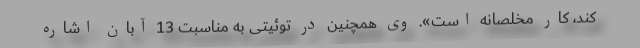
کند، کار مخلصانه است». وی همچنین در توئیتی به مناسبت 13 آبان اشاره